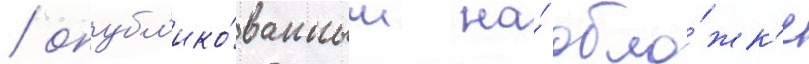
/ опубл'ико́ванным на́ обло́жк'е